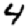
Digit: 4